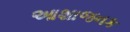
આશાજનક